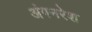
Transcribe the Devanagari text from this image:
अंगनरेश